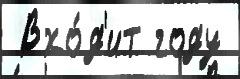
 Вхо́д'ит году